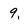
Character: 9